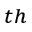
^ { t h }